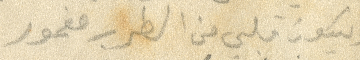
ويكون قلبي من الطرب مغمور